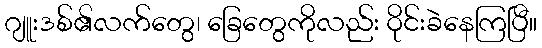
ဂျူးဒစ်၏လက်တွေ၊ ခြေတွေကိုလည်း ဝိုင်းခဲနေကြပြီ။